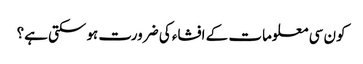
کون سی معلومات کے افشاء کی ضرورت ہوسکتی ہے؟